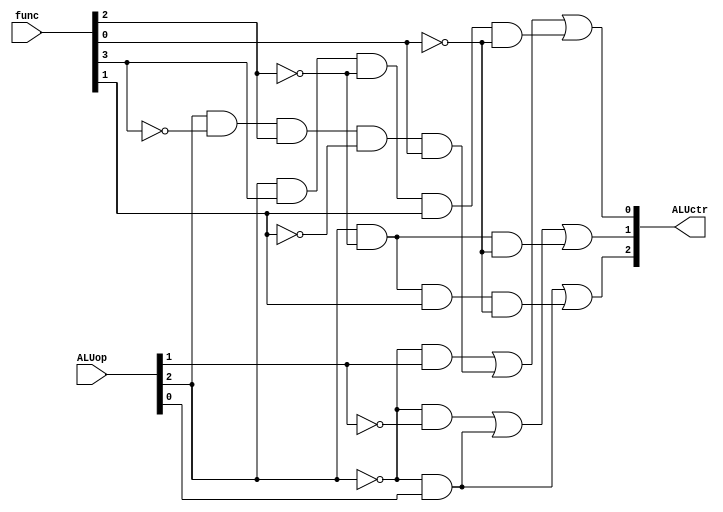
module ALU_control(func,ALUop,ALUctr);

input [5:0] func;
input [2:0] ALUop;
output [2:0] ALUctr;
wire[2:0] ALUctr;

assign ALUctr[2]=(!ALUop[2]&ALUop[0])|(ALUop[2]&!func[2]&func[1]&!func[0]);
assign ALUctr[1]=(!ALUop[2]&!ALUop[1])|(!ALUop[2]&ALUop[0])|(ALUop[2]&!func[2]&!func[0]);
assign ALUctr[0]=(!ALUop[2]&ALUop[1])|(ALUop[2]&!func[3]&func[2]&!func[1]&func[0])|(ALUop[2]&func[3]&!func[2]&func[1]&!func[0]);

endmodule

//assign ALUop[2]=!op[5]&!op[4]&!op[3]&!op[2]&!op[1]&!op[0];//R-type
//assign ALUop[1]=!op[5]&!op[4]&op[3]&op[2]&!op[1]&op[0];//ori
//assign ALUop[0]=!op[5]&!op[4]&!op[3]&op[2]&!op[1]&!op[0];//beq